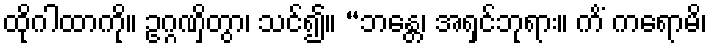
ထိုဂါထာကို။ ဥဂ္ဂဏှိတွာ၊ သင်၍။ “ဘန္တေ၊ အရှင်ဘုရား။ ကိံ ကရောမိ၊